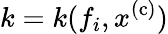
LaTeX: k=k(f_{i},x^{\mathrm{(c)}})